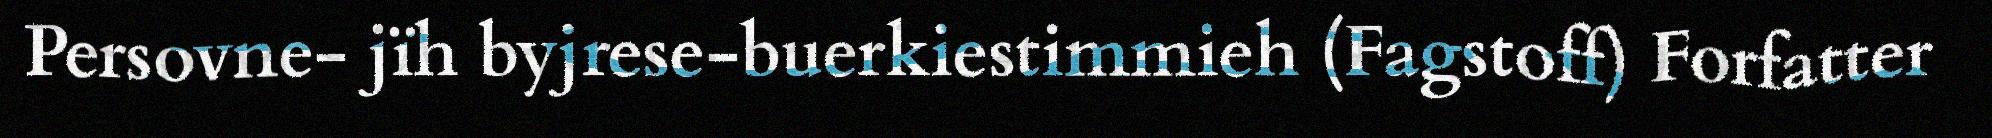
Persovne- jïh byjrese-buerkiestimmieh (Fagstoff) Forfatter